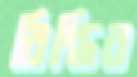
বিন্তির